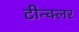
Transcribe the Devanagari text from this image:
टीन्क्लर